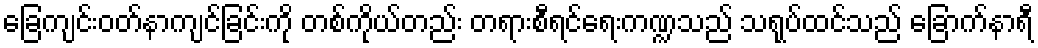
ခြေကျင်းဝတ်နာကျင်ခြင်းကို တစ်ကိုယ်တည်း တရားစီရင်ရေးကဏ္ဍသည် သရုပ်ထင်သည် ခြောက်နာရီ